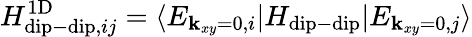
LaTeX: H_{\mathrm{dip-dip},ij}^{\mathrm{1D}}=\langle E_{{\mathbf k}_{xy}=0,i}|H_{\mathrm{dip-dip}}|E_{{\mathbf k}_{xy}=0,j}\rangle